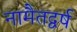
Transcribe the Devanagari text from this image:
नामैतद्वर्ष